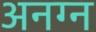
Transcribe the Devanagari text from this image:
अनग्न